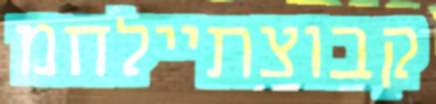
קבוצתיילחמ